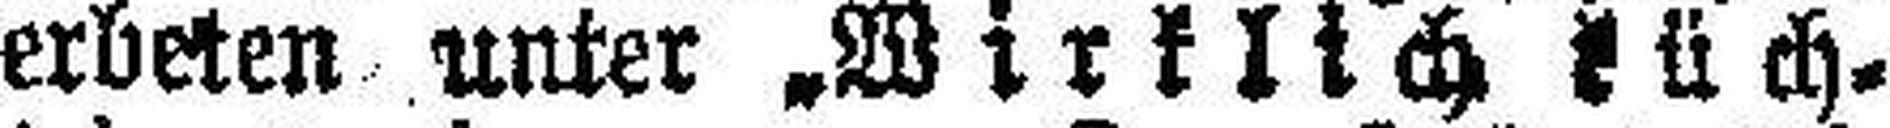
erbeten unter „Wirklich tüch¬